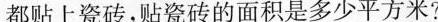
都贴上瓷砖，贴瓷砖的面积是多少平方米?